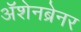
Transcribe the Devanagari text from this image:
ॲशेनब्रेनर